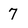
Character: 7